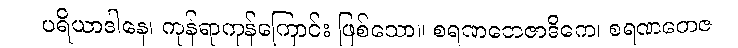
ပရိယာဒါနေ၊ ကုန်ရာကုန်ကြောင်း ဖြစ်သော။ စရဏတေဇာဒိကေ၊ စရဏတေဇ